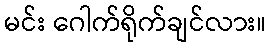
မင်း ဂေါက်ရိုက်ချင်လား။